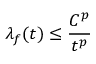
\lambda _ { f } ( t ) \leq { \frac { C ^ { p } } { t ^ { p } } }